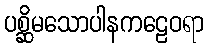
ပစ္ဆိမသောပါနကဠေဝရာ